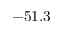
- 5 1 . 3